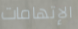
الإتهامات